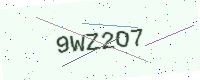
Text: 9WZ2O7